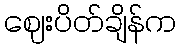
ဈေးပိတ်ချိန်က